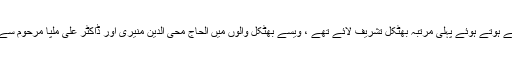
حضرت حکیم الاسلام اور مولانا محمد سالم صاحبان ان دنوں ہبلی سے ہوتے ہوئے پہلی مرتبہ بھٹکل تشریف لائے تھے ، ویسے بھٹکل والوں میں الحاج محی الدین منیری اور ڈاکٹر علی ملپا مرحوم سے آپ کے دیرینہ تعلقات تھے ،منیری صاحب کے انجمن خدام النبی ۔